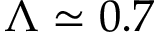
\Lambda \simeq 0 . 7